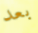
بعد